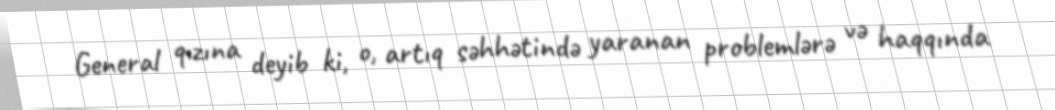
General qızına deyib ki, o, artıq səhhətində yaranan problemlərə və haqqında